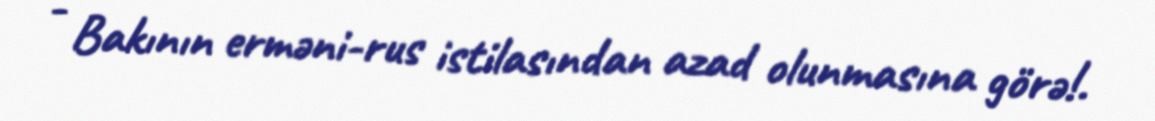
- Bakının erməni-rus istilasından azad olunmasına görə!.